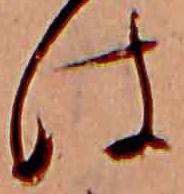
は